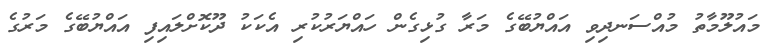
މައުލޫމާތު މުއްސަނދިވި އައްޔުބޭގެ މަރާ ގުޅިގެން ހައްޔަރުކުރި އެކަކު ދޫކޮށްލައިފި އައްޔުބޭގެ މަރުގެ